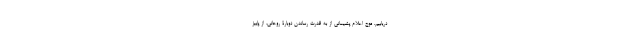
دریابیم. موج اعلام پشیمانی از به قدرت رساندن دوبارۀ روحانی، از پاییز